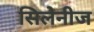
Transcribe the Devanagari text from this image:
सिलेनीज